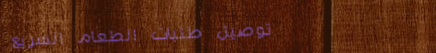
توصيل طلبات الطعام السريع